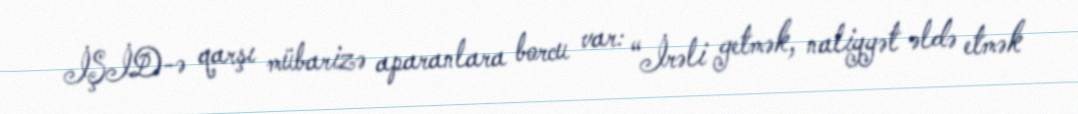
İŞİD-ə qarşı mübarizə aparanlara borcu var: “İrəli getmək, naliyyət əldə etmək